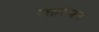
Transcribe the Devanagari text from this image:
रक्तरंजन